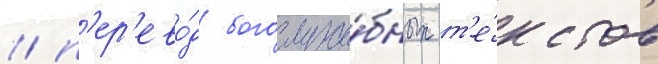
/ п'ер'ево́д богослуже́бных т'е́кстов